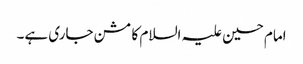
امام حسین علیہ السلام کا مشن جاری ہے۔